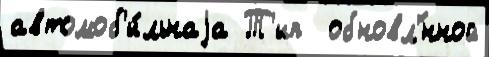
автомоб'и́льнаjа Т'ип  обновл'́нной